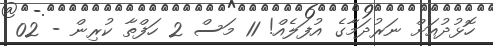
ހޮޅުދުއަށް ނަރުދަމާގެ އުފަލެއް! 11 މަސް 2 ހަފްތާ ކުރިން - 02